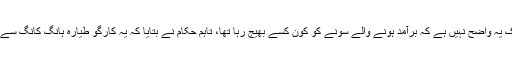
ابھی تک یہ واضح نہیں ہے کہ برآمد ہونے والے سونے کو کون کِسے بھیج رہا تھا، تاہم حکام نے بتایا کہ یہ کارگو طیارہ ہانگ کانگ سے آیا تھا۔